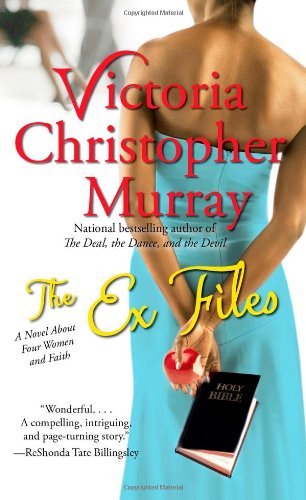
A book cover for The Ex Files: A Novel About Four Women and Faith; Victoria Christopher Murray; Literature & Fiction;